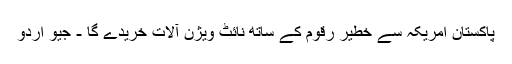
پاکستان امریکہ سے خطیر رقوم کے ساتھ نائٹ ویژن آلات خریدے گا - جیو اردو